Vabadussoja_Ajaloo_Komitee, lk 285
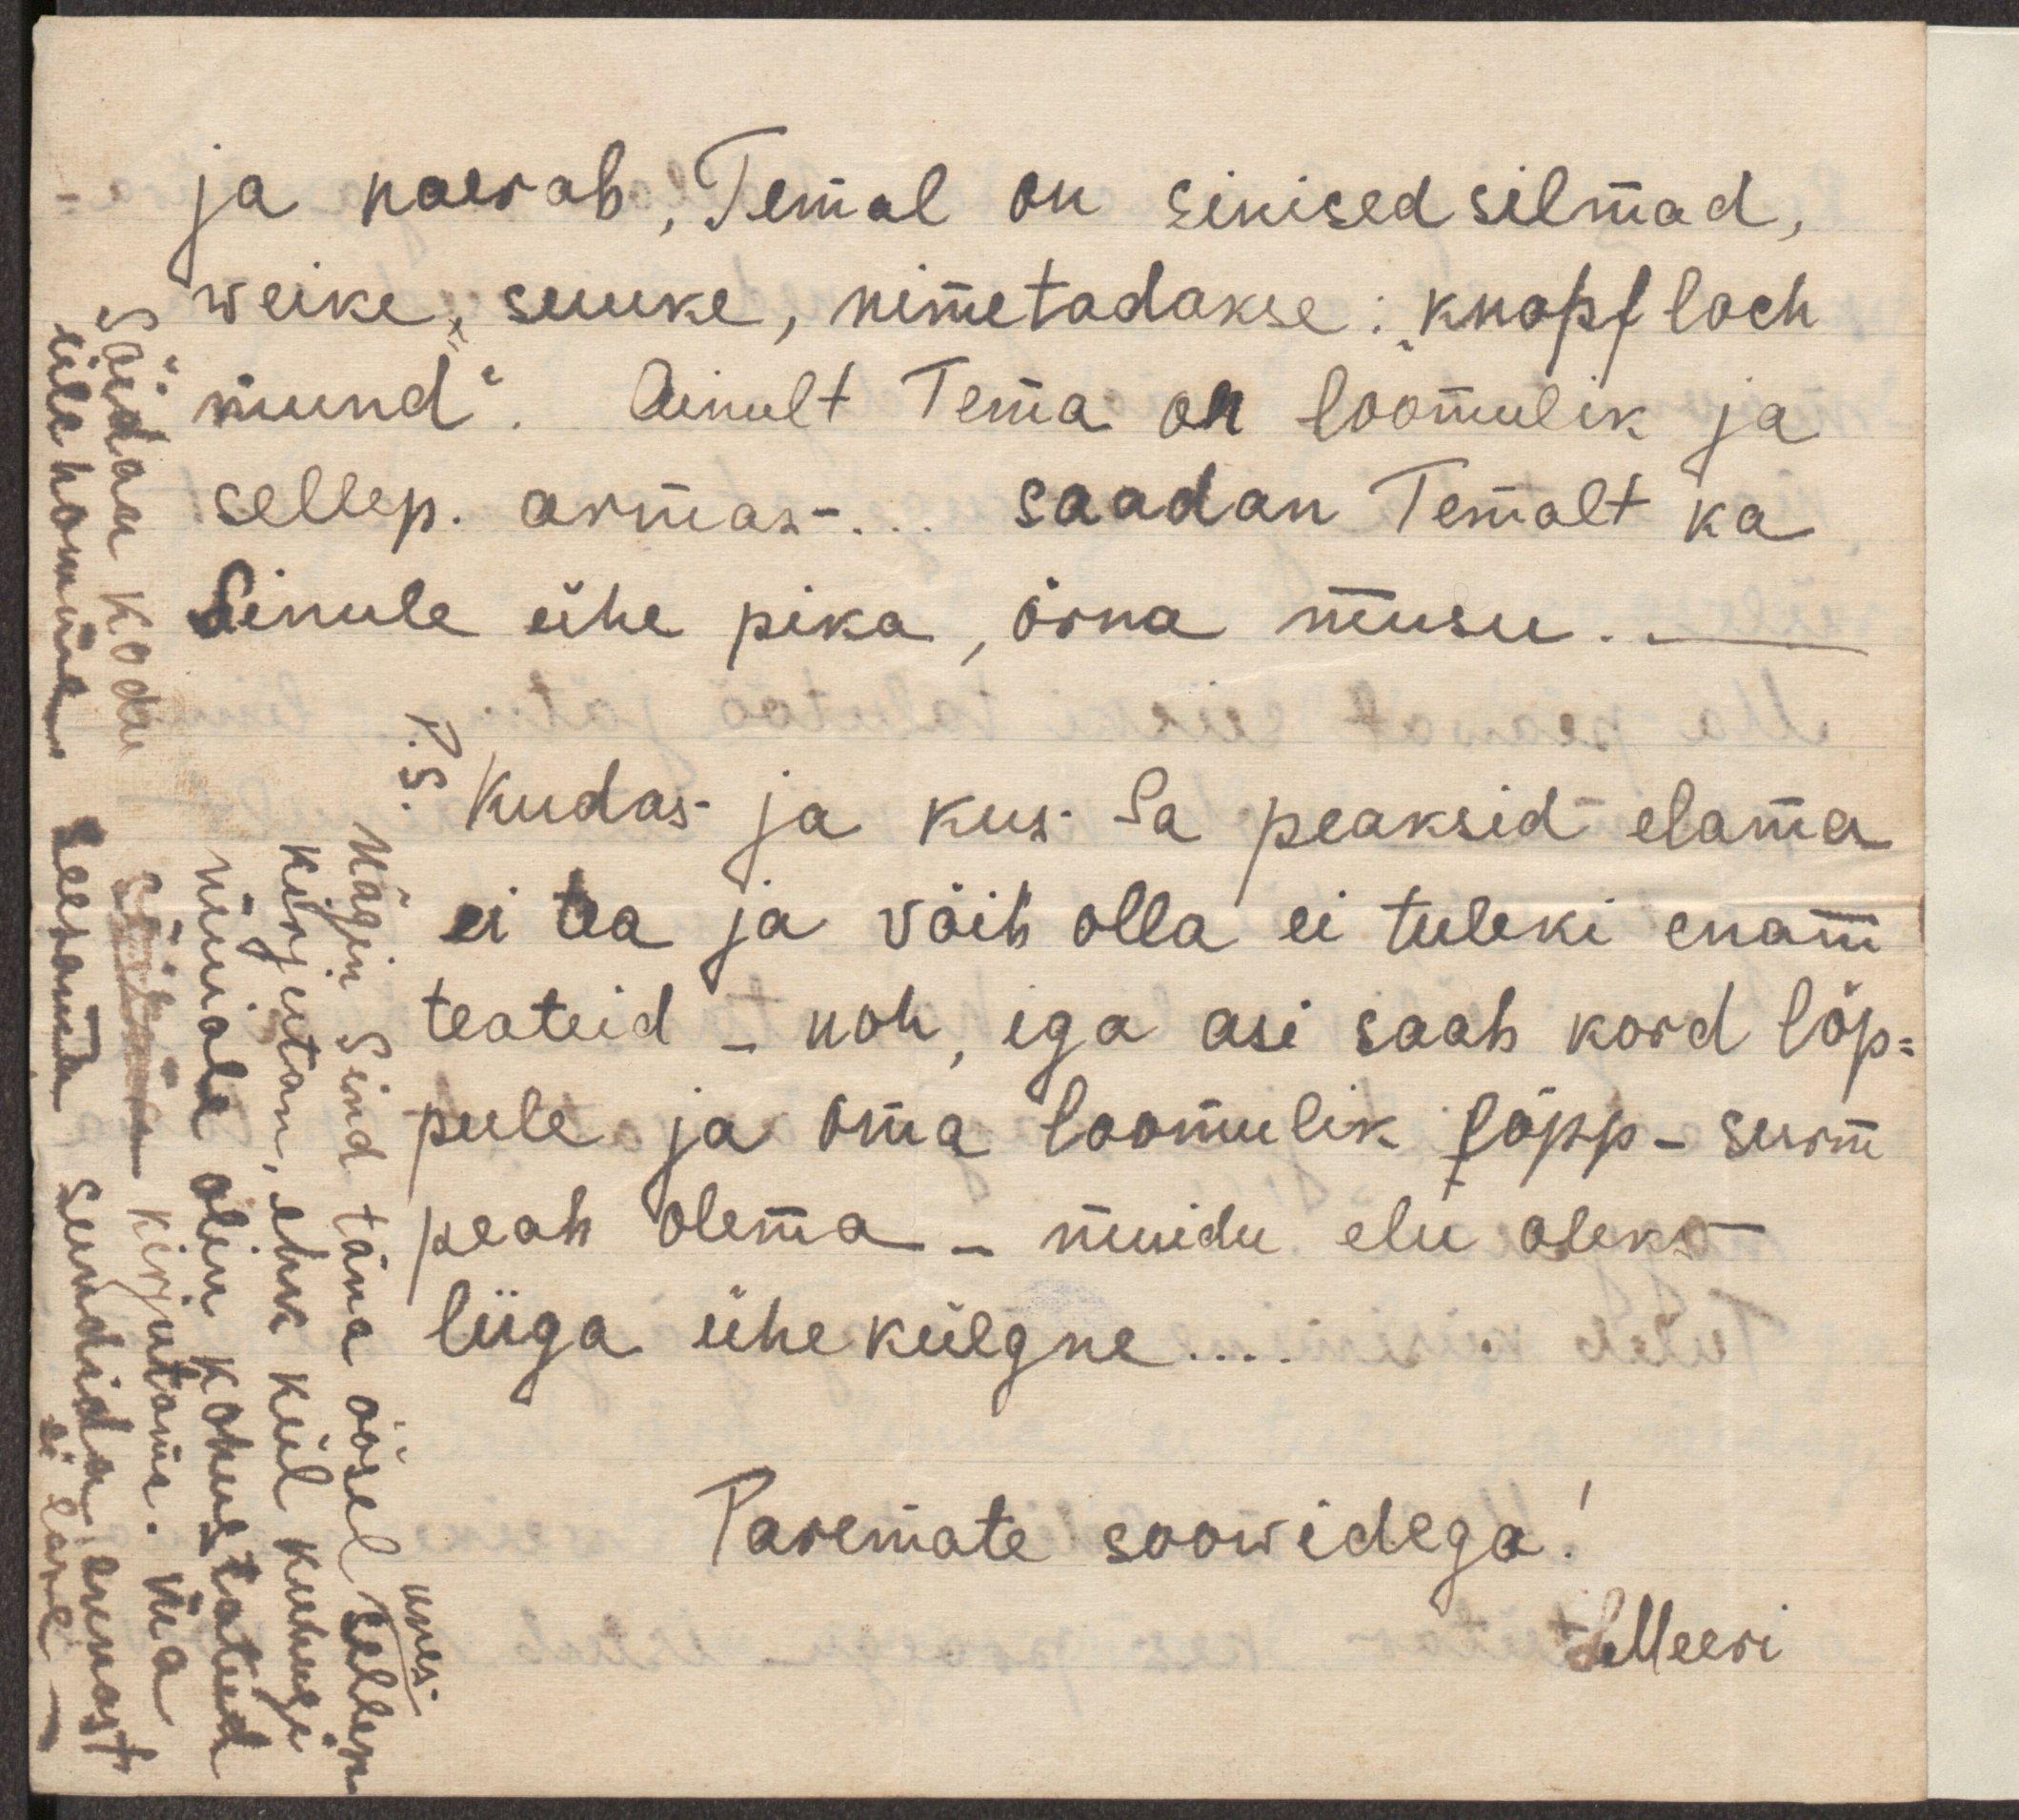
ja naerab. Temal on sinised silmad,
weike, suuke, nimetadakse: "knopfloch
mund". Ainult Tema on loomulik ja
sellep. armas ... saadan Temalt ka
Sinule ühe pika, õrna musu. _
Kudas ja kus Sa peaksid elama
ei tea ja võib olla ei tuleki enam
teateid - noh, iga asi saab kord lõp-
pule ja oma loomulik lõpp - surm
peab olema - muidu elu oleks
liiga ühekülgne ...
Paremate soowidega!
Meeri
P.S.
Sõidan kodu
ülehomme
unes
Nägin Sind täna öösel selleks
kirjutan, ehk kül kuhugi
muiale olin kohustatud
sõitma kirjutama. ma
seesama sundida ennast
ei lase -